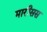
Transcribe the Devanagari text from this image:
मारीसस